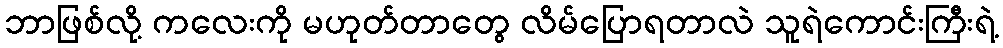
ဘာဖြစ်လို့ ကလေးကို မဟုတ်တာတွေ လိမ်ပြောရတာလဲ သူရဲကောင်းကြီးရဲ့